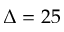
\Delta = 2 5